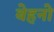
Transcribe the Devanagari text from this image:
बेहनो